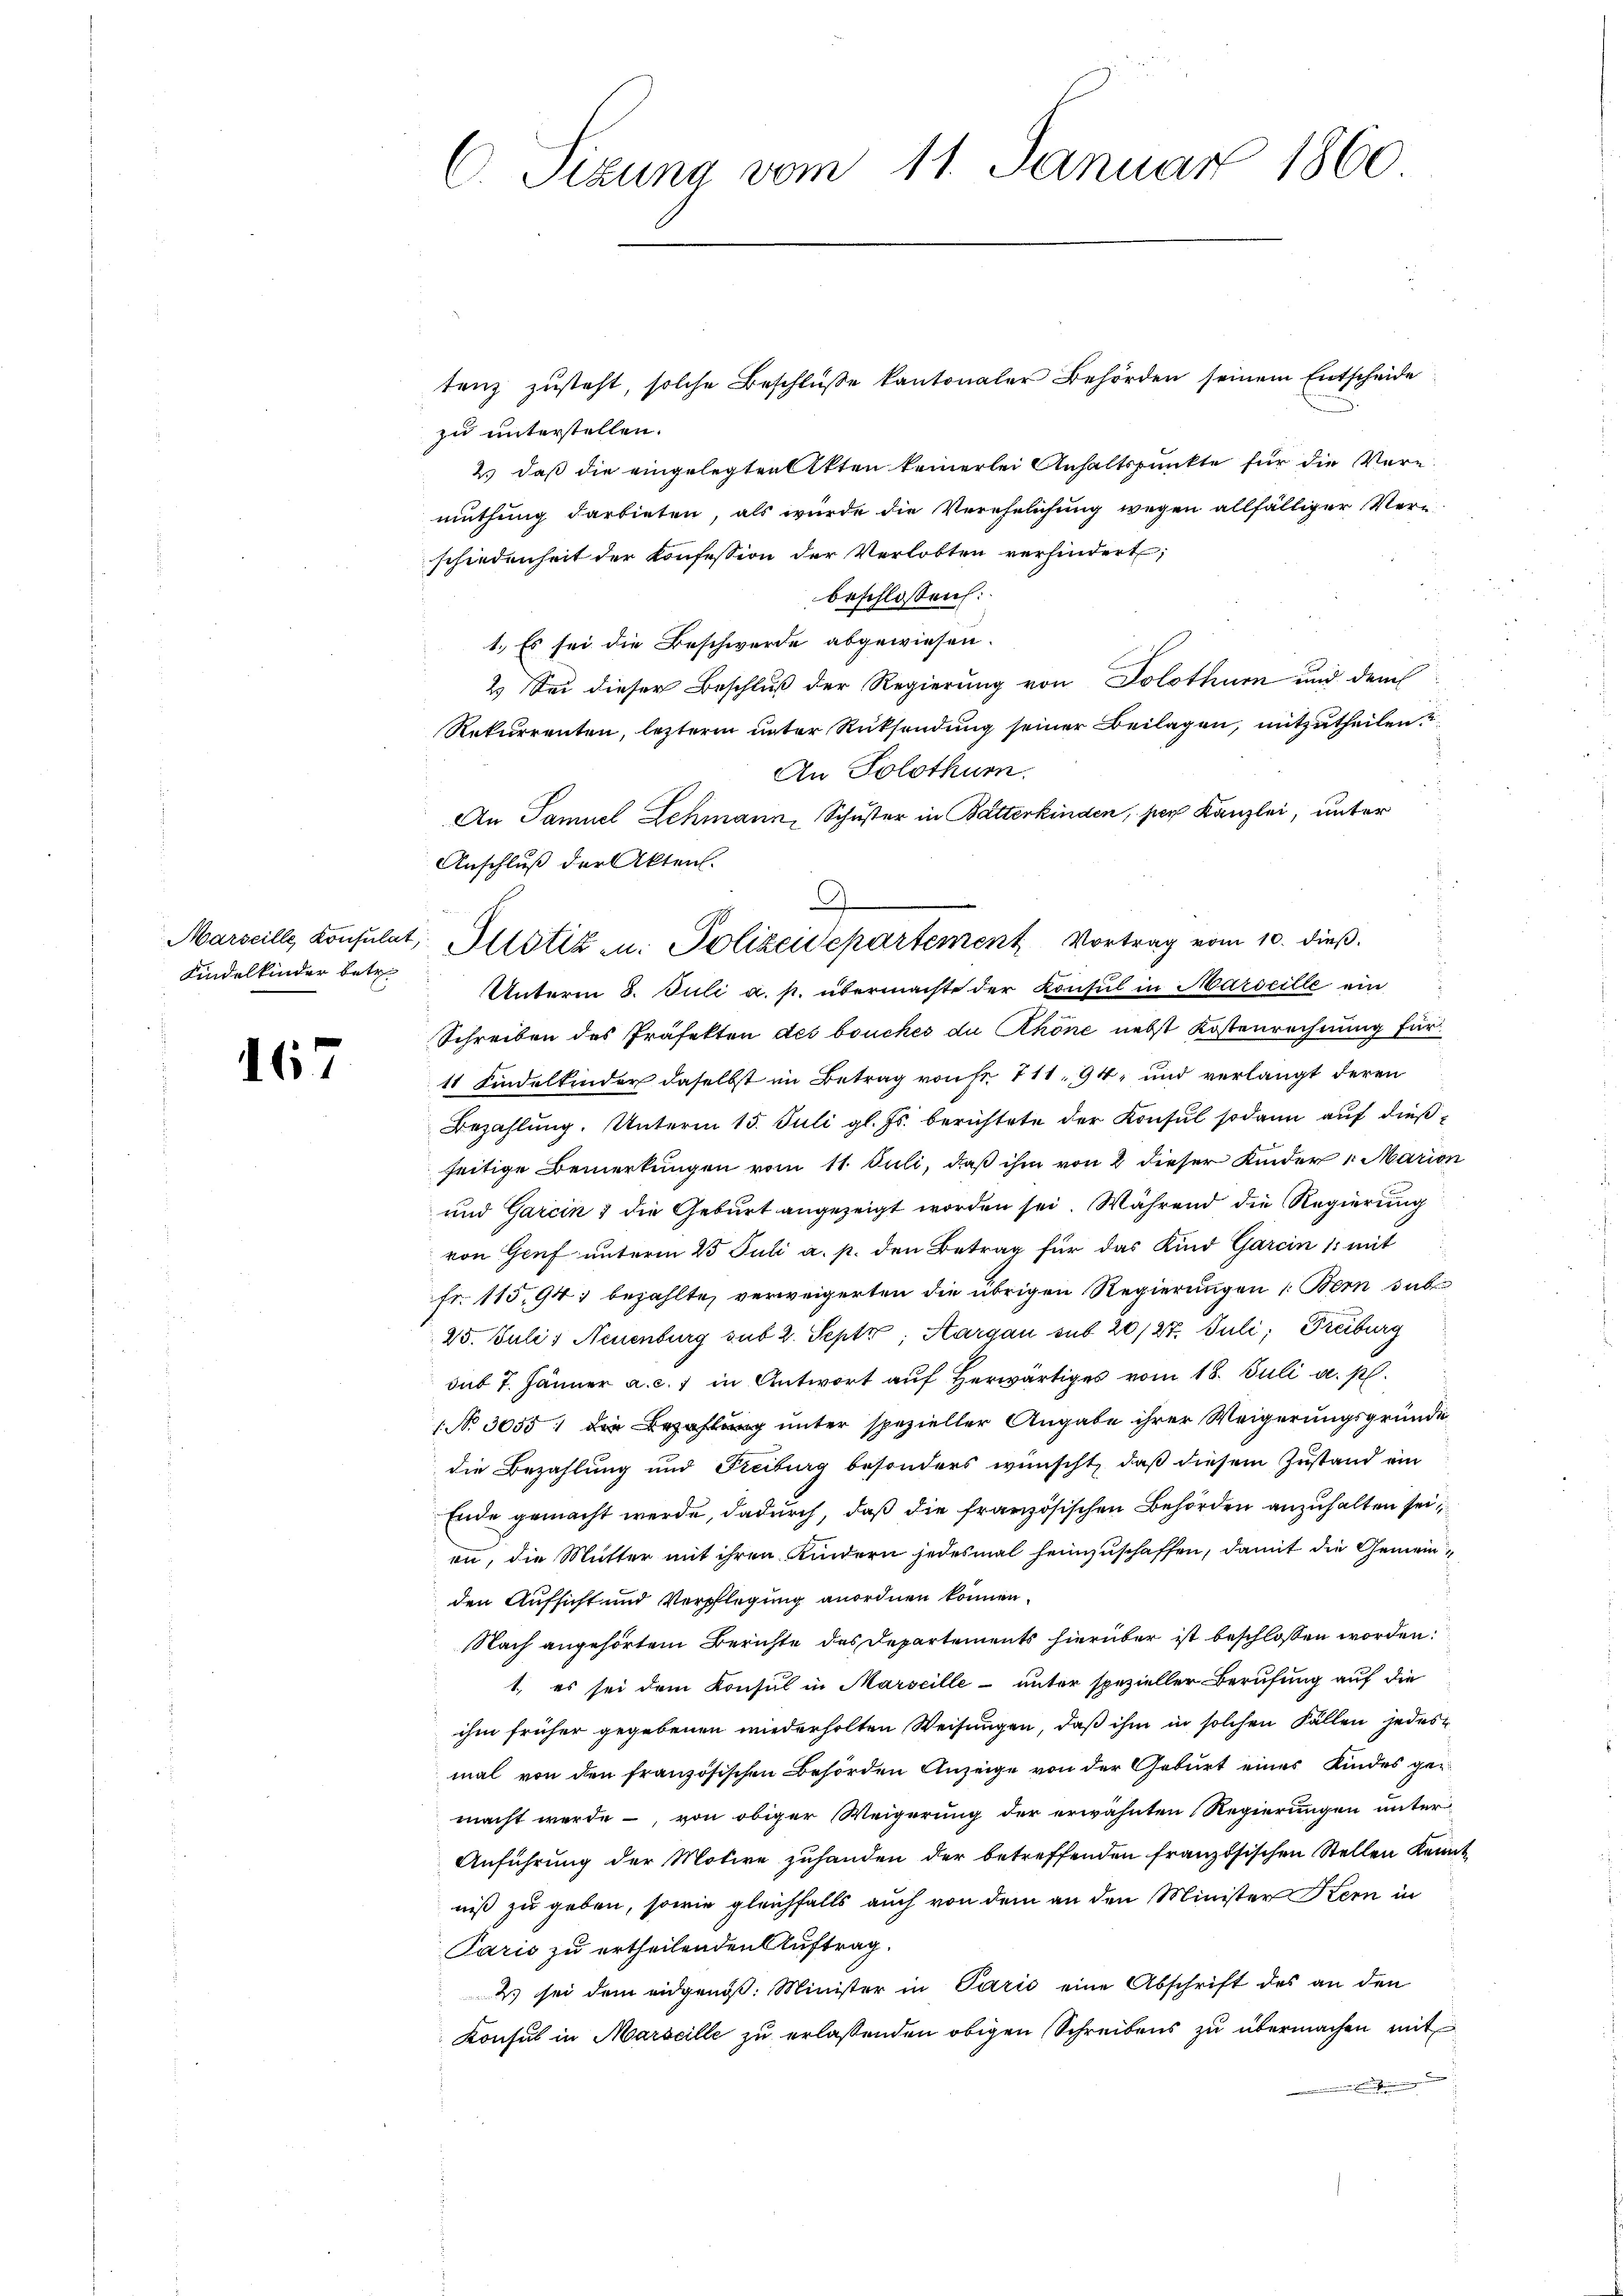
Kindelkinder betr.

167

tenz zusteht, solche Beschluße kantonaler Behörden seinem Entscheide
zu unterstellen.
2.) daß die eingelegten Akten keinerlei Anhaltspunkte für die Vermuthung darbieten, als wurde die Verehelichung wegen allfälliger Verschiedenheit der Konfession der Verlobten verhindert;
beschlossen:
1.) Es sei die Beschwerde abgewiesen.
2. Sei dieser Beschluß der Regierung von Solothurn und dem
Rekurrenten, letzterm unter Rücksendung seiner Beilagen, mitzutheilen
An Solothur.
An Samuel Lehmann, Schuster in Butterkinden, ser Kanzlei, unter
Anschluß der Akten.
 Unterm 8. Juli a. p. übermachte der Konsul in Marseille ein
Schreiben des Präfekten des bouches du Khöne nebst Kostenrechnung für
11 Kindelkinder daselbst im Betrag von Fr. 711, 94 und verlangt deren
Bezahlung. Unterm 15. Juli gl. Js. berichtete der Konsul sodann auf dießseitige Bemerkungen vom 11. Juli, daß ihm von 2 dieser Kinder, Marion
und Garcin & die Geburt angezeigt worden sei. Während die Regierung
von Genf unterm 23 Juli a. p. den Betrag für das Kind Garein 1 mit
fr. 115,94; bezahlte, verweigerten die übrigen Regierungen 1: Bern sub
25. Juli) Neuenburg sub 2. Septz; Aargau sub 20/27. Juli, Freiburg
sub 7. Jänner a. c. 1 in Antwort auf herwärtiges vom 18. Juli a. p.
1 No 3055: die Bezahlung unter spezieller Angabe ihrer Weigerungsgründe
die Bezahlung und Freiburg besonders wünscht, daß diesem Zustand ein
Ende gemacht werde, dadurch, daß die französischen Behörden anzuhalten sei,
en, die Mutter mit ihren Kindern jedesmal heimzuschaffen, damit die Gemeinden Aufsicht und Verpflegung anordnen können.
Nach angehörtem Berichte des Departements hierüber ist beschlossen worden:
1, es sei dem Konsul in Marseille- unter spezieller Berufung auf die
ihm früher gegebenen wiederholten Weisungen, daß ihm in solchen Fällen jedes
mal von den französischen Behörden Anzeige von der Geburt eines Kindes gemacht werde, von obiger Weigerung der erwähnten Regierungen unter¬
Anführung der Motive zuhanden der betreffenden französischen Stellen Kennt
niß zu geben, sowie gleichfalls auch von dem an den Minister Kern in
Paris zu ertheilenden Auftrag.
2 sei dem eidgenöß: Minister in Paris eine Abschrift des an den
Konsul in Marseille zu erlassenden obigen Schreibens zu übermachen mit
Einheinung d

C. Sizung vom 11. Januar 1860

9
Marseille Konsulat, Altstiz u. Polizeidepartement Vortrag vom 10. dieß.